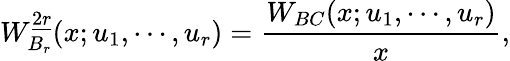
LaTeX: W_{B_{r}}^{\underline{{{2r}}}}(x;u_{1},\cdots,u_{r})={\frac{W_{BC}(x;u_{1},\cdots,u_{r})}{x}},